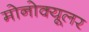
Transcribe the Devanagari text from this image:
मोनोक्यूलर